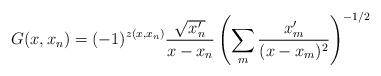
LaTeX: \begin{align*}G(x,x_n) = (-1)^{z(x,x_n)} \frac{\sqrt{x^\prime_n}}{x-x_n}\left(\sum_m \frac{x^\prime_m}{(x-x_m)^2}\right)^{-1/2}\end{align*}